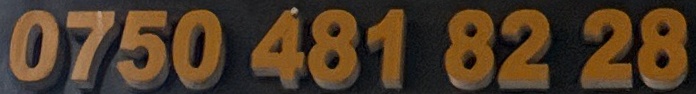
0750 481 82 28